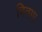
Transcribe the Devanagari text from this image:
विताए